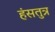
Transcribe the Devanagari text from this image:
हंसतुत्र